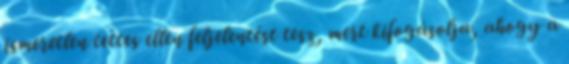
ismeretlen tettes ellen feljelentést tesz, mert kifogásolja, ahogy a